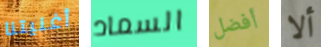
أغنيتنا السماد أفضل ألا